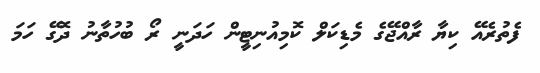
ފެތުރެއޭ ކިޔާ ރާއްޖޭގެ މެޑިކަލް ކޮމިއުނިޓީން ހަދަނީ ރޯ ބުހުތާނު ދޮގޭ ހަމަ